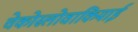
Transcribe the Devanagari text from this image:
चेकोस्लोवाकियाई